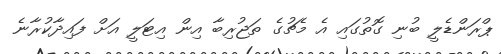
ޕްރަންޑެލީ ބުނި ގޮތުގައި އެ މެޗުގެ ތަޖުރިބާ އިން އިޓަލީ އަށް ފައިދާކުރާނެ